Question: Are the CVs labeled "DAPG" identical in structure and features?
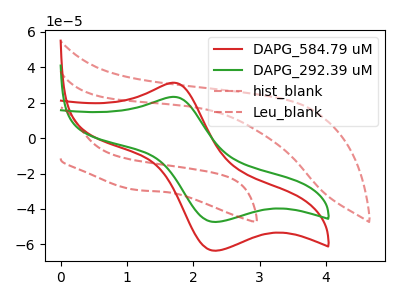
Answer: <think>The red curve "DAPG_584.79 uM" has an anodic peak at (1.70V, 31.30uA) and a cathodic peak at (2.35V, -63.60uA). The green curve "DAPG_292.39 uM" has an anodic peak at (1.70V, 23.30uA) and a cathodic peak at (2.35V, -47.35uA). The red dashed curve "hist_blank" has no peaks. The red dashed curve "Leu_blank" has no peaks.
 All the peaks in "DAPG_584.79 uM" have a peak in "DAPG_292.39 uM" at the same potential. Every peak in "DAPG_584.79 uM" is higher than every peak in "DAPG_292.39 uM". "DAPG_584.79 uM" and "hist_blank" have a different number of peaks. "DAPG_584.79 uM" and "Leu_blank" have a different number of peaks. "DAPG_292.39 uM" and "hist_blank" have a different number of peaks. "DAPG_292.39 uM" and "Leu_blank" have a different number of peaks. Neither "hist_blank" or "Leu_blank" have any peaks.</think>
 <answer>All the CV's of "DAPG" have similar shape.</answer>
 <eval>follow_rule</eval>